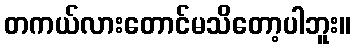
တကယ်လားတောင်မသိတော့ပါဘူး။